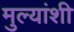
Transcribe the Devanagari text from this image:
मुल्यांशी